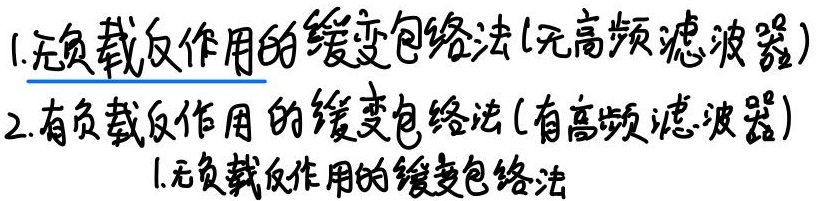
1. 无负载反作用的缓变包络法(无高频滤波器)
2. 有负载反作用的缓变包络法(有高频滤波器)
1. 无负载反作用的缓变包络法